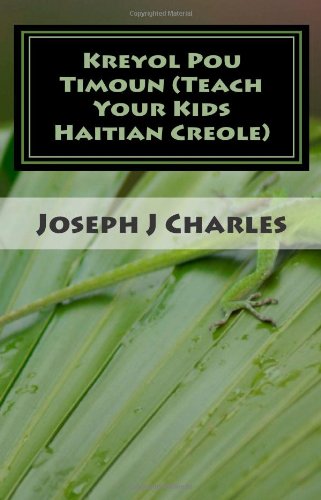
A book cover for Kreyol Pou Timoun (Teach Your Kids Haitian Creole): Kids Who Learn Creole - Kreyol Haitiano Para Ninos - Le Creole Des Enfants (Volume 2); Joseph J Charles; Business & Money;